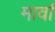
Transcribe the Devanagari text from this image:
मार्वा